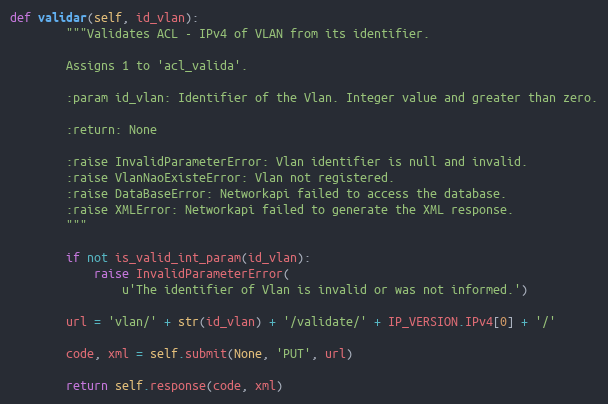
Language: Python
def validar(self, id_vlan):
        """Validates ACL - IPv4 of VLAN from its identifier.

        Assigns 1 to 'acl_valida'.

        :param id_vlan: Identifier of the Vlan. Integer value and greater than zero.

        :return: None

        :raise InvalidParameterError: Vlan identifier is null and invalid.
        :raise VlanNaoExisteError: Vlan not registered.
        :raise DataBaseError: Networkapi failed to access the database.
        :raise XMLError: Networkapi failed to generate the XML response.
        """

        if not is_valid_int_param(id_vlan):
            raise InvalidParameterError(
                u'The identifier of Vlan is invalid or was not informed.')

        url = 'vlan/' + str(id_vlan) + '/validate/' + IP_VERSION.IPv4[0] + '/'

        code, xml = self.submit(None, 'PUT', url)

        return self.response(code, xml)